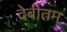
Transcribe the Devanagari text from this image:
देबीतम